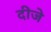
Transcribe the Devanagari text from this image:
दीजे